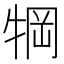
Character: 犅